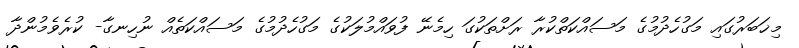
މިޚަބަރުގައި މަގުހެދުމުގެ މަސައްކަތްކުރާ ރަށްތަކުގަ ހިމެނޭ ފުވައްމުލަކުގެ މަގުހެދުމުގެ މަސައްކަތެއް ނުހިނގާ- ކުރެވެމުންދާ